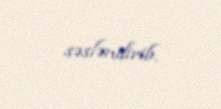
səsləndirib.